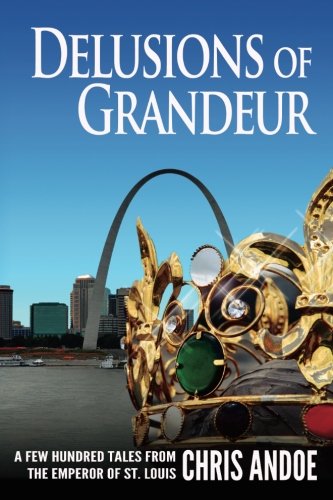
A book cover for Delusions of Grandeur: A Few Hundred Tales from the Emperor of St. Louis; Chris Andoe; Biographies & Memoirs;